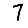
Digit: 7